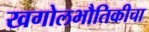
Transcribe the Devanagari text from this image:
खगोलभौतिकीचा